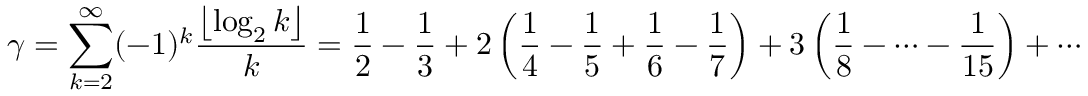
\gamma = \sum _ { k = 2 } ^ { \infty } ( - 1 ) ^ { k } { \frac { \left\lfloor \log _ { 2 } k \right\rfloor } { k } } = { \frac { 1 } { 2 } } - { \frac { 1 } { 3 } } + 2 \left( { \frac { 1 } { 4 } } - { \frac { 1 } { 5 } } + { \frac { 1 } { 6 } } - { \frac { 1 } { 7 } } \right) + 3 \left( { \frac { 1 } { 8 } } - \cdots - { \frac { 1 } { 1 5 } } \right) + \cdots